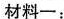
材料一：